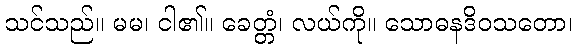
သင်သည်။ မမ၊ ငါ၏။ ခေတ္တံ၊ လယ်ကို။ သောဓနဒိဝသတော၊